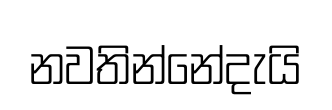
නවතින්නේදැයි